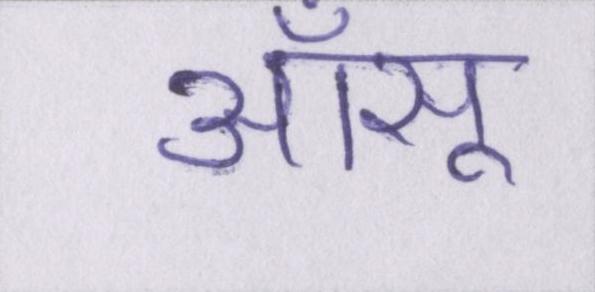
आँसू